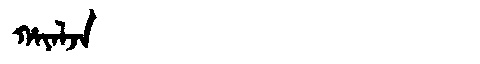
Manchu: ᡥᠠᠶᠠᠯᠵᠠ
Romanization: HAYALJA